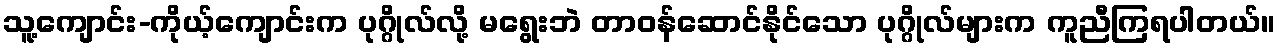
သူ့ကျောင်း-ကိုယ့်ကျောင်းက ပုဂ္ဂိုလ်လို့ မရွေးဘဲ တာဝန်ဆောင်နိုင်သော ပုဂ္ဂိုလ်များက ကူညီကြရပါတယ်။